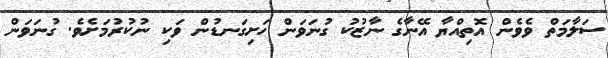
ސަލާމަތް ވެވެން އޮތިއްޔާ އޭނާގެ ނާޒުކު ގުނަވަން ހަށިގަނޑުން ވަކި ނުކުރުމަށެވެ. ގުނަވަން